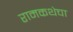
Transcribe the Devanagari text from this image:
रामकथेचा